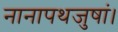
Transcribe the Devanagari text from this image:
नानापथजुषां।